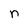
Character: n